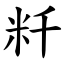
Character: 粁